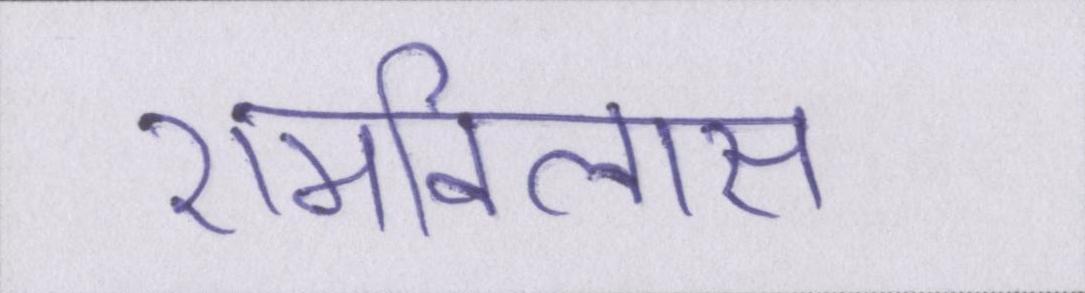
रामविलास